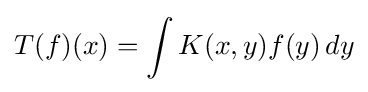
T(f)(x)=\int K(x,y)f(y)\,dy